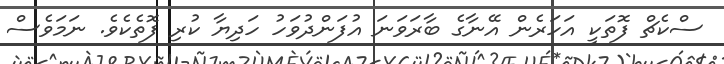
ސްކެޗް ފޮތަކީ އަހަރެން އޭނާގެ ބާރަވަނަ އުފަންދުވަހު ހަދިޔާ ކުރި ފޮތެކެވެ. ނަމަވެސް